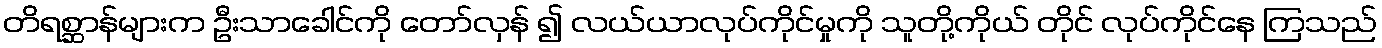
တိရစ္ဆာန်များက ဦးသာခေါင်ကို တော်လှန် ၍ လယ်ယာလုပ်ကိုင်မှုကို သူတို့ကိုယ် တိုင် လုပ်ကိုင်နေ ကြသည်